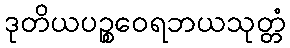
ဒုတိယပဉ္စဝေရဘယသုတ္တံ